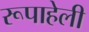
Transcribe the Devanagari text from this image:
रूपाहेली